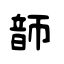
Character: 韴